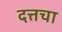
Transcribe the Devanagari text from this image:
दत्तचा